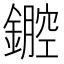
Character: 𨭏